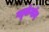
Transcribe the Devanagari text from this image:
ग्लूकॅगॉन